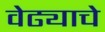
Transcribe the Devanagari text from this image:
वेढ्याचे